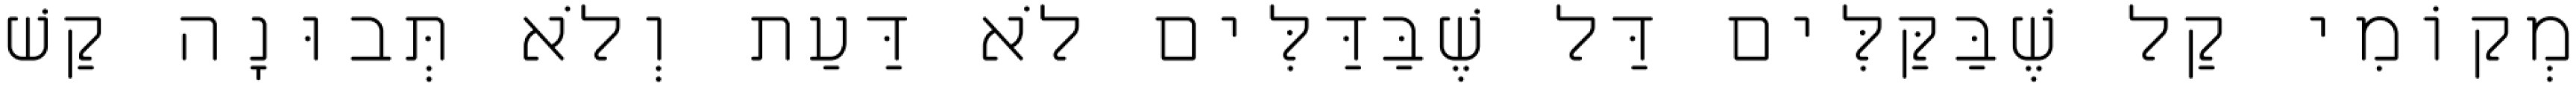
מְקוֹמִי קַל שֶׁבַּקַּלִּים דַּל שֶׁבַּדַּלִּים לֹא דַּעַת וְלֹא תְּבוּנָה קַשׁ